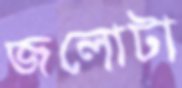
জলোটা